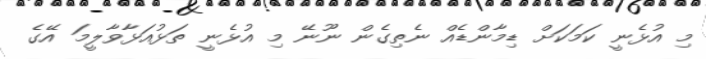
މި އުޅެނީ ކަމަކަށް ޑިމާންޑެއް ނެތިގެން ނޫނޭ މި އުޅެނީ ތަޅުއަޅާވާލީމަ އޭގެ